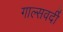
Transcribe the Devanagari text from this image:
गाल्‍सवर्दी